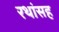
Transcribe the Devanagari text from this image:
रथांसह